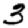
Digit: 3